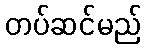
တပ်ဆင်မည်